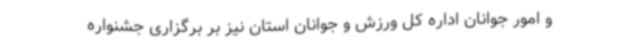
و امور جوانان اداره کل ورزش و جوانان استان نیز بر برگزاری جشنواره